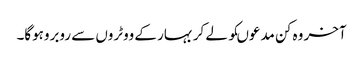
آخر وہ کن مدعوںکو لے کر بہار کے ووٹروں سے روبروہوگا۔